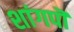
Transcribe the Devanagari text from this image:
शांगपॊ